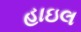
હાઇલ